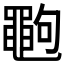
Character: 𪓞